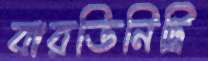
বারডিনিট্রি